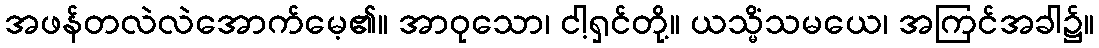
အဖန်တလဲလဲအောက်မေ့၏။ အာဝုသော၊ ငါ့ရှင်တို့။ ယသ္မိံသမယေ၊ အကြင်အခါ၌။